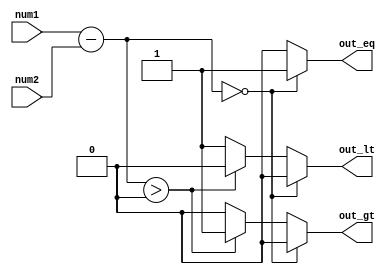
module Unsigned_Comparator (
    input [31:0] num1,
    input [31:0] num2,
    output reg out_lt,
    output reg out_eq,
    output reg out_gt
);

reg [31:0] result;

always @(*) begin
    result = num1 - num2;
    
    if (result == 0) begin
        out_lt = 0;
        out_eq = 1;
        out_gt = 0;
    end
    else if (result > 0) begin
        out_lt = 0;
        out_eq = 0;
        out_gt = 1;
    end
    else begin
        out_lt = 1;
        out_eq = 0;
        out_gt = 0;
    end
end

endmodule